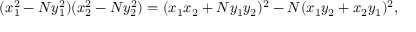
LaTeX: ( x _ { 1 } ^ { 2 } - N y _ { 1 } ^ { 2 } ) ( x _ { 2 } ^ { 2 } - N y _ { 2 } ^ { 2 } ) = ( x _ { 1 } x _ { 2 } + N y _ { 1 } y _ { 2 } ) ^ { 2 } - N ( x _ { 1 } y _ { 2 } + x _ { 2 } y _ { 1 } ) ^ { 2 } ,